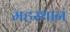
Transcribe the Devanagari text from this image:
महस्थान